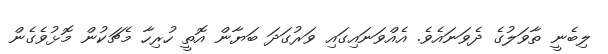
ލިބެނީ ތާވަލުގެ ދެވަނައެވެ. އެއްވަނައިގައި ވަރުގަދަ ބަޔާން އޮތީ ހުރިހާ މެޗަކުން މޮޅުވެގެން